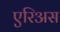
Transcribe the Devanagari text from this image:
एरिअस